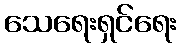
သေရေးရှင်ရေး